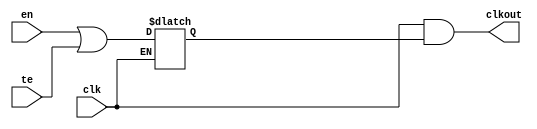
// SPDX-License-Identifier: Apache-2.0
// Copyright (C) 2019 Intel Corporation. All rights reserved
module hdpldadapt_cmn_clkgate
(
	input	wire		clk,
	input	wire		en,
	input	wire		te,
	output	wire		clkout
);

	wire	clk_n;
	wire	clken;
	reg	latch_clken;

	assign clk_n = ~clk;
	assign clken = en || te;

        always @(clk_n or clken)
        begin
		if (clk_n)
                begin
                        latch_clken <= clken;
                end
        end

	assign clkout = clk & latch_clken;

endmodule // hdpldadapt_cmn_clkgate